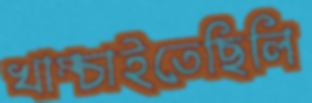
খাম্‌চাইতেছিলি